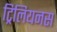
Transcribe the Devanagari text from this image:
ट्रिलियनस